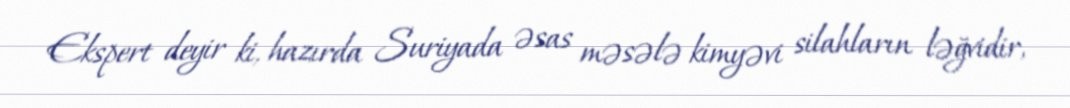
Ekspert deyir ki, hazırda Suriyada əsas məsələ kimyəvi silahların ləğvidir,